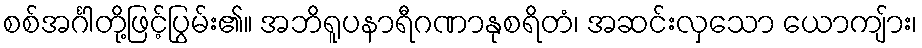
စစ်အင်္ဂါတို့ဖြင့်ပြွမ်း၏။ အဘိရူပနာရီဂဏာနုစရိတံ၊ အဆင်းလှသော ယောကျ်ား၊